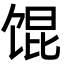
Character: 馄